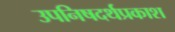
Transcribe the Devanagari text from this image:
उपनिषदर्थप्रकाश